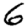
Digit: 6